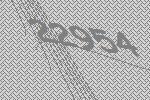
22954